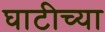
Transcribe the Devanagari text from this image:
घाटीच्या